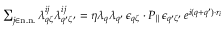
\begin{array} { r } { \sum _ { j \in \mathrm { n . n . } } \lambda _ { q \zeta } ^ { i j } \lambda _ { q ^ { \prime } \zeta ^ { \prime } } ^ { i j } = \eta \lambda _ { q } \lambda _ { q ^ { \prime } } \, \epsilon _ { q \zeta } \cdot P _ { \parallel } \epsilon _ { q ^ { \prime } \zeta ^ { \prime } } \, e ^ { i ( q + q ^ { \prime } ) \cdot r _ { i } } } \end{array}